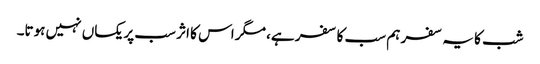
شب کا یہ سفر ہم سب کا سفر ہے، مگر اس کا اثر سب پر یکساں نہیں ہوتا۔